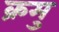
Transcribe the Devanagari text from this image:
क्रमु